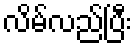
လိမ်လည်ပြီး